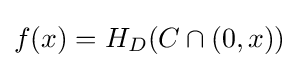
f(x)=H_{D}(C\cap (0,x))